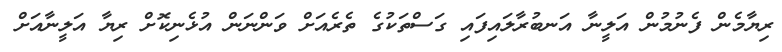
ރިޔާމެން ފެނުމުން އަލީނާ އަނބުރާލައިފައި ގަސްތަކުގެ ތެރެއަށް ވަންނަން އުޅެނިކޮށް ރިޔާ އަލީނާއަށް